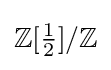
\mathbb {Z} [{\tfrac {1}{2}}]/\mathbb {Z}